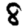
Digit: 8